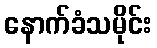
နောက်ခံသမိုင်း